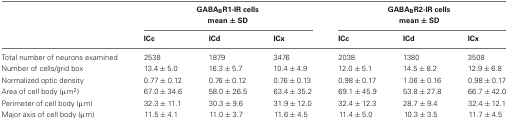
<table><thead><tr><td></td><td colspan="3"><b>GABA<sub>B</sub>R1-IR cells mean ± SD</b></td><td colspan="3"><b>GABA<sub>B</sub>R2-IR cells mean ± SD</b></td></tr><tr><td></td><td><b>ICc</b></td><td><b>ICd</b></td><td><b>ICx</b></td><td><b>ICc</b></td><td><b>ICd</b></td><td><b>ICx</b></td></tr></thead><tbody><tr><td>Total number of neurons examined</td><td>2538</td><td>1879</td><td>3476</td><td>2038</td><td>1380</td><td>3508</td></tr><tr><td>Number of cells/grid box</td><td>13.4 ± 5.0</td><td>16.3 ± 5.7</td><td>10.4 ± 4.9</td><td>12.0 ± 5.1</td><td>14.5 ± 8.2</td><td>12.9 ± 6.8</td></tr><tr><td>Normalized optic density</td><td>0.77 ± 0.12</td><td>0.76 ± 0.12</td><td>0.76 ± 0.13</td><td>0.98 ± 0.17</td><td>1.06 ± 0.16</td><td>0.98 ± 0.17</td></tr><tr><td>Area of cell body (μm<sup>2</sup>)</td><td>67.0 ± 34.6</td><td>58.0 ± 26.5</td><td>63.4 ± 35.2</td><td>69.1 ± 45.9</td><td>53.8 ± 27.8</td><td>66.7 ± 42.0</td></tr><tr><td>Perimeter of cell body (μm)</td><td>32.3 ± 11.1</td><td>30.3 ± 9.6</td><td>31.9 ± 12.0</td><td>32.4 ± 12.3</td><td>28.7 ± 9.4</td><td>32.4 ± 12.1</td></tr><tr><td>Major axis of cell body (μm)</td><td>11.5 ± 4.1</td><td>11.0 ± 3.7</td><td>11.6 ± 4.5</td><td>11.4 ± 5.0</td><td>10.3 ± 3.5</td><td>11.7 ± 4.5</td></tr></tbody></table>